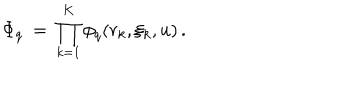
LaTeX: \Phi _ { q } \: = \: \prod _ { k = 1 } ^ { K } \phi _ { q } ( r _ { k } , \xi _ { k } , u ) \, .